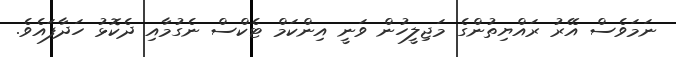
ނަމަވެސް އޭރު ރައްޔިތުންގެ މަޖިލީހުން ވަނީ އިންކަމް ޓެކްސް ނެގުމާއި ދެކޮޅު ހަދާފައެވެ.